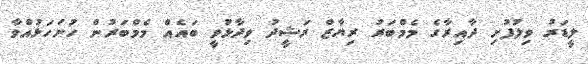
ލީޑަރު ވިލުފުށި ދާއިރާގެ މެމްބަރު ރިޔާޒް ރަޝީދު ވިދާޅުވީ ބައެއް މެމްބަރުން ހުށަހަޅުއްވާ